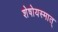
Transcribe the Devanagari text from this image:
शेषोयस्मात्